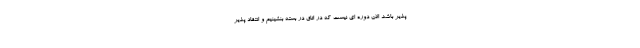
پذیر باشد الان دوره ای نیست که در اتاق در بسته بنشینیم و انتقاد پذیر